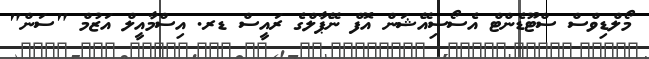
މޯލްޑިވްސް ސްޓޫޑެންޓް އެސޯސިއޭޝަން އޮފް ނޭޕާލްގެ ރައީސް ޑރ. އިސްމާއީލް އަޒުމް "ސަން"